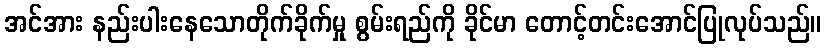
အင်အား နည်းပါးနေသောတိုက်ခိုက်မှု စွမ်းရည်ကို ခိုင်မာ တောင့်တင်းအောင်ပြုလုပ်သည်။